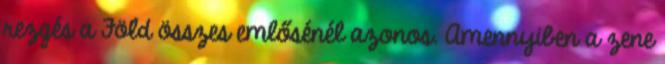
rezgés a Föld összes emlősénél azonos. Amennyiben a zene